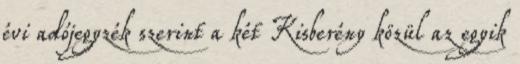
évi adójegyzék szerint a két Kisberény közül az egyik